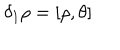
\delta _ { 1 } \rho = [ \rho , \theta ]